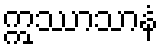
ဣဿာသာနံ